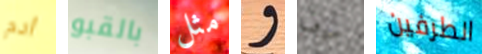
ادم بالقبو مثل و سوف الطرفين